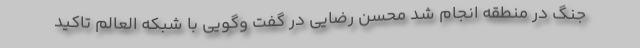
جنگ در منطقه انجام شد محسن رضایی در گفت وگویی با شبکه العالم تاکید